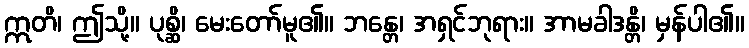
ဣတိ၊ ဤသို့။ ပုစ္ဆိ၊ မေးတော်မူ၏။ ဘန္တေ၊ အရှင်ဘုရား။ အာမခါဒန္တိ၊ မှန်ပါ၏။